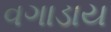
વગાડાય